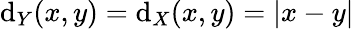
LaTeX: \mathrm{d}_{Y}(x,y)=\mathrm{d}_{X}(x,y)=|x-y|